Bombay plague: being a history of the progress of plague in the Bombay presidency from September 1896 to June 1899
Year: 1896
Disease focus: Plague
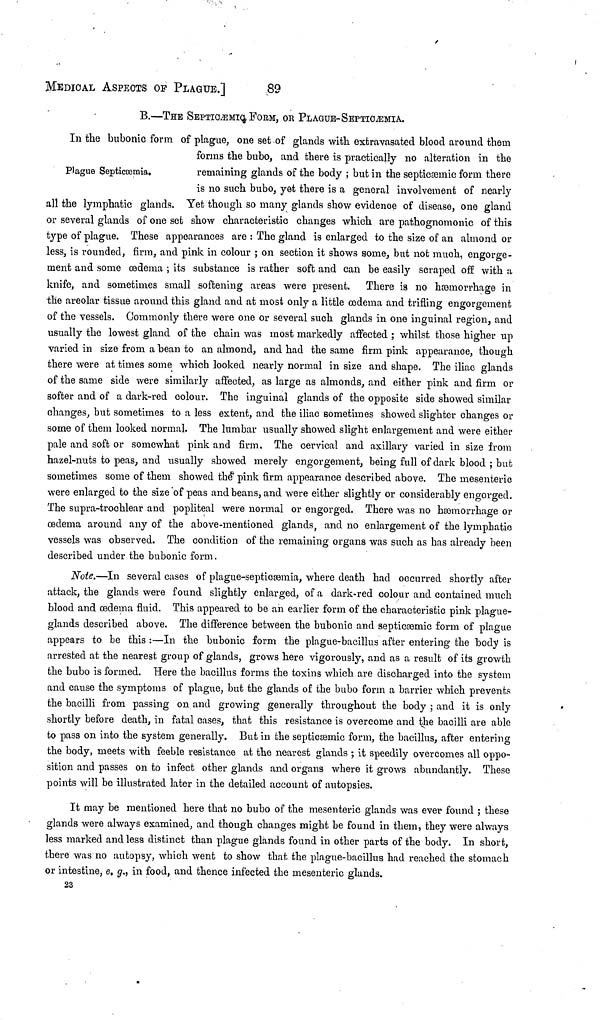
MEDICAL ASPECTS OF PLAGUE.]
89
B.—THE SEPTICÆMIc, FORM, OR PLAGUE-SEPTICAEMIA.
Plague Septicæmia.
In the bubonic form of plague, one set of glands with extravasated blood around them
forms the bubo, and there is practically no alteration in the
remaining glands of the body ; but in the septicémie form there
is no such bubo, yet there is a general involvement of nearly
all the lymphatic glands. Yet though so many glands show evidence of disease, one gland
or several glands of one set show characteristic changes which are pathognomonic of this
type of plague. These appearances are : The gland is enlarged to the size of an almond or
less, is rounded, firm, and pink in colour ; on section it shows some, but not much, engorge-
ment and some œdema ; its substance is rather soft and can be easily scraped off with a
knife, and sometimes small softening areas were present. There is no hemorrhage in
the areolar tissue around this gland and at most only a little œdema and trifling engorgement
of the vessels. Commonly there were one or several such glands in one inguinal region, and
usually the lowest gland of the chain was most markedly affected ; whilst those higher up
varied in size from a bean to an almond, and had the same firm pink appearance, though
there were at times some which looked nearly normal in size and shape. The iliac glands
of the same side were similarly affected, as large as almonds, and either pink and firm or
softer and of a dark-red colour. The inguinal glands of the opposite side showed similar
changes, but sometimes to a less extent, and the iliac sometimes showed slighter changes or
some of them looked normal. The lumbar usually showed slight enlargement and were either
pale and soft or somewhat pink and firm. The cervical and axillary varied in size from
hazel-nuts to peas, and usually showed merely engorgement, being full of dark blood ; but
sometimes some of them showed the pink firm appearance described above. The mesenteric
were enlarged to the size of peas and beans, and were either slightly or considerably engorged.
The supra-trochlear and popliteal were normal or engorged. There was no hemorrhage or
œdema around any of the above-mentioned glands, and no enlargement of the lymphatic
vessels was observed. The condition of the remaining organs was such as has already been
described under the bubonic form.
Note.—In several cases of plague-septicemia, where death had occurred shortly after
attack, the glands were found slightly enlarged, of a dark-red colour and contained much
blood and œdema fluid. This appeared to be an earlier form of the characteristic pink plague-
glands described above. The difference between the bubonic and septicæmic form of plague
appears to be this :—In the bubonic form the plague-bacillus after entering the body is
arrested at the nearest group of glands, grows here vigorously, and as a result of its growth
the bubo is formed. Here the bacillus forms the toxins which are discharged into the system
and cause the symptoms of plague, but the glands of the bubo form a barrier which prevents
the bacilli from passing on and growing generally throughout the body ; and it is only
shortly before death, in fatal cases, that this resistance is overcome and the bacilli are able
to pass on into the system generally. But in the septicémie form, the bacillus, after entering
the body, meets with feeble resistance at the nearest glands ; it speedily overcomes all oppo-
sition and passes on to infect other glands and organs where it grows abundantly. These
points will be illustrated later in the detailed account of autopsies.
It may be mentioned here that no bubo of the mesenteric glands was ever found ; these
glands were always examined, and though changes might be found in them, they were always
less marked and less distinct than plague glands found in other parts of the body. In short,
there was no autopsy, which went to show that the plague-bacillus had reached the stomach
or intestine, e. g., in food, and thence infected the mesenteric glands.
23